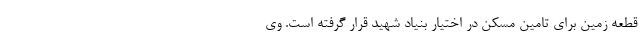
قطعه زمین برای تامین مسکن در اختیار بنیاد شهید قرار گرفته است. وی